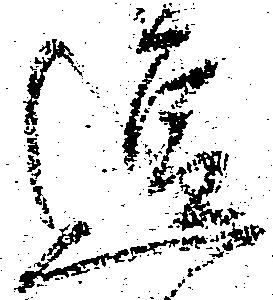
逗